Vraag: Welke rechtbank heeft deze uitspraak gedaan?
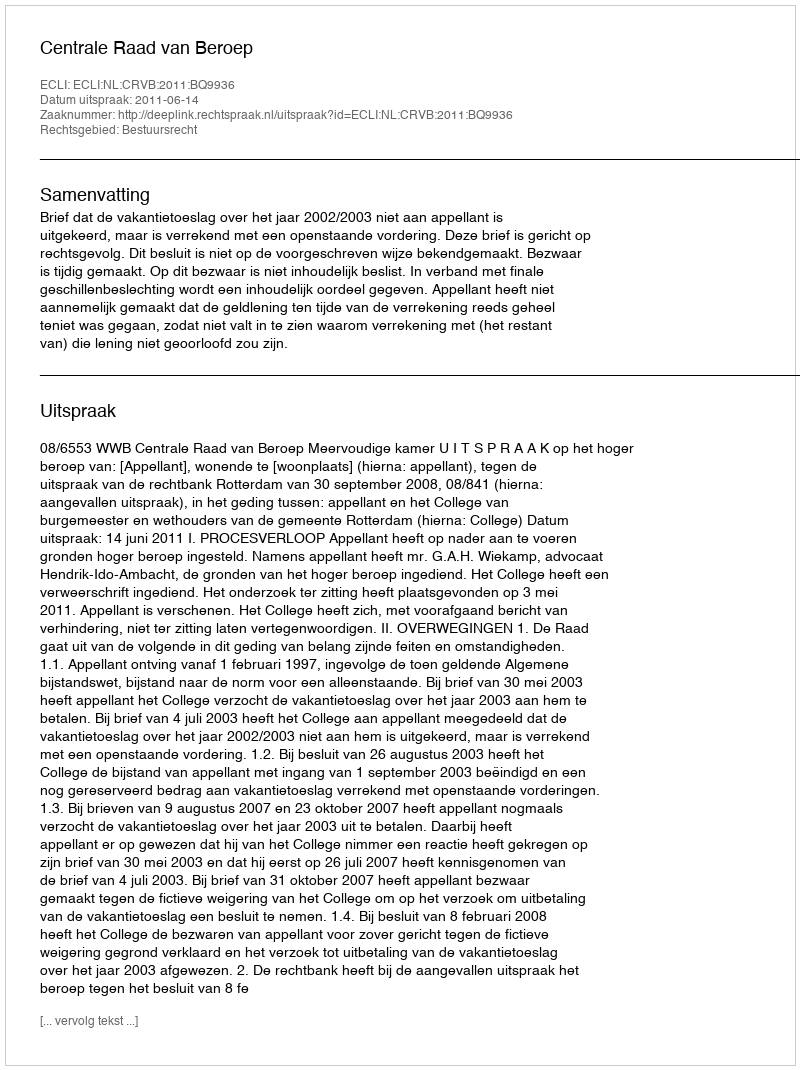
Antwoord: Centrale Raad van Beroep